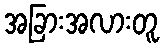
အခြားအလားတူ